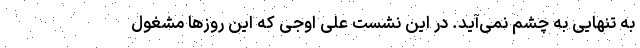
به تنهایی به چشم نمی‌آید. در این نشست علی اوجی که این روزها مشغول